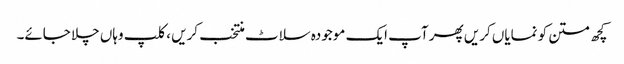
کچھ متن کو نمایاں کریں پھر آپ ایک موجودہ سلاٹ منتخب کریں ، کلپ وہاں چلا جائے۔